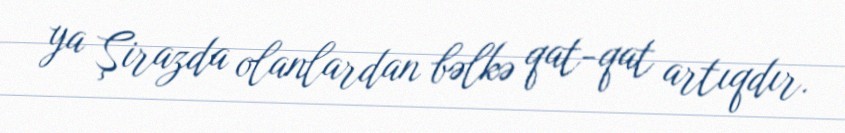
ya Şirazda olanlardan bəlkə qat-qat artıqdır.